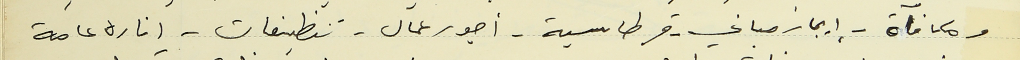
ومكافآة - ايجار مباني -قرطاسية - أجور عمال - تنظيفات - اناره عامة